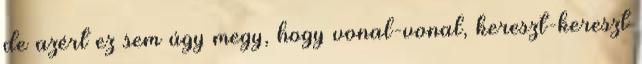
de azért ez sem úgy megy, hogy vonal-vonal, kereszt-kereszt